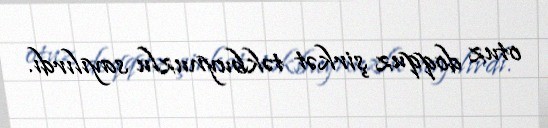
otuz doqquz şirkət təkbuynuzlu sayılırdı.